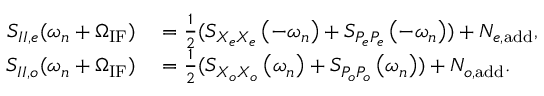
\begin{array} { r l } { S _ { I I , e } ( \omega _ { n } + \Omega _ { \mathrm { I F } } ) } & { { } = \frac { 1 } { 2 } ( S _ { X _ { e } X _ { e } } \left( - \omega _ { n } \right) + S _ { { P _ { e } P _ { e } } } \left( - \omega _ { n } \right) ) + N _ { e , \mathrm { a d d } } , } \\ { S _ { I I , o } ( \omega _ { n } + \Omega _ { \mathrm { I F } } ) } & { { } = \frac { 1 } { 2 } ( S _ { X _ { o } X _ { o } } \left( \omega _ { n } \right) + S _ { { P _ { o } P _ { o } } } \left( \omega _ { n } \right) ) + N _ { o , \mathrm { a d d } } . } \end{array}